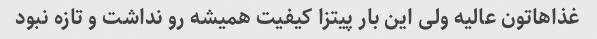
غذاهاتون عالیه ولی این بار پیتزا کیفیت همیشه رو نداشت و تازه نبود